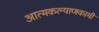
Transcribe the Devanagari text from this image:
आत्मकल्याणकामी